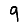
Digit: 9